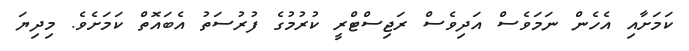
ކަމަށާއި އެހެން ނަމަވެސް އަދިވެސް ރަޖިސްޓްރީ ކުރުމުގެ ފުރުސަތު އެބައޮތް ކަމަށެވެ. މިދިޔަ